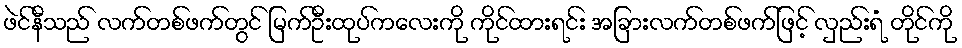
ဖဲင်နီသည် လက်တစ်ဖက်တွင် မြက်ဦးထုပ်ကလေးကို ကိုင်ထားရင်း အခြားလက်တစ်ဖက်ဖြင့် လှည်းရံ တိုင်ကို